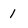
Character: 1